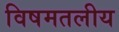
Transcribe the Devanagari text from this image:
विषमतलीय